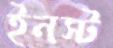
ইনস্ট